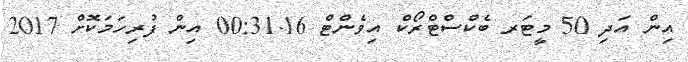
އިން އަދި 50 މީޓަރ ބެކްސްޓްރޯކް އިވެންޓް 00:31.16 އިން ފުރިހަމަކޮށް 2017